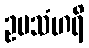
ဥပသံဟရိ